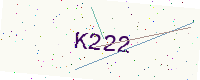
Text: K222